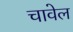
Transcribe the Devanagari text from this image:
चावेल